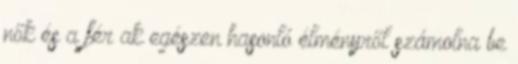
nők és a férﬁak egészen hasonló élményről számolna be